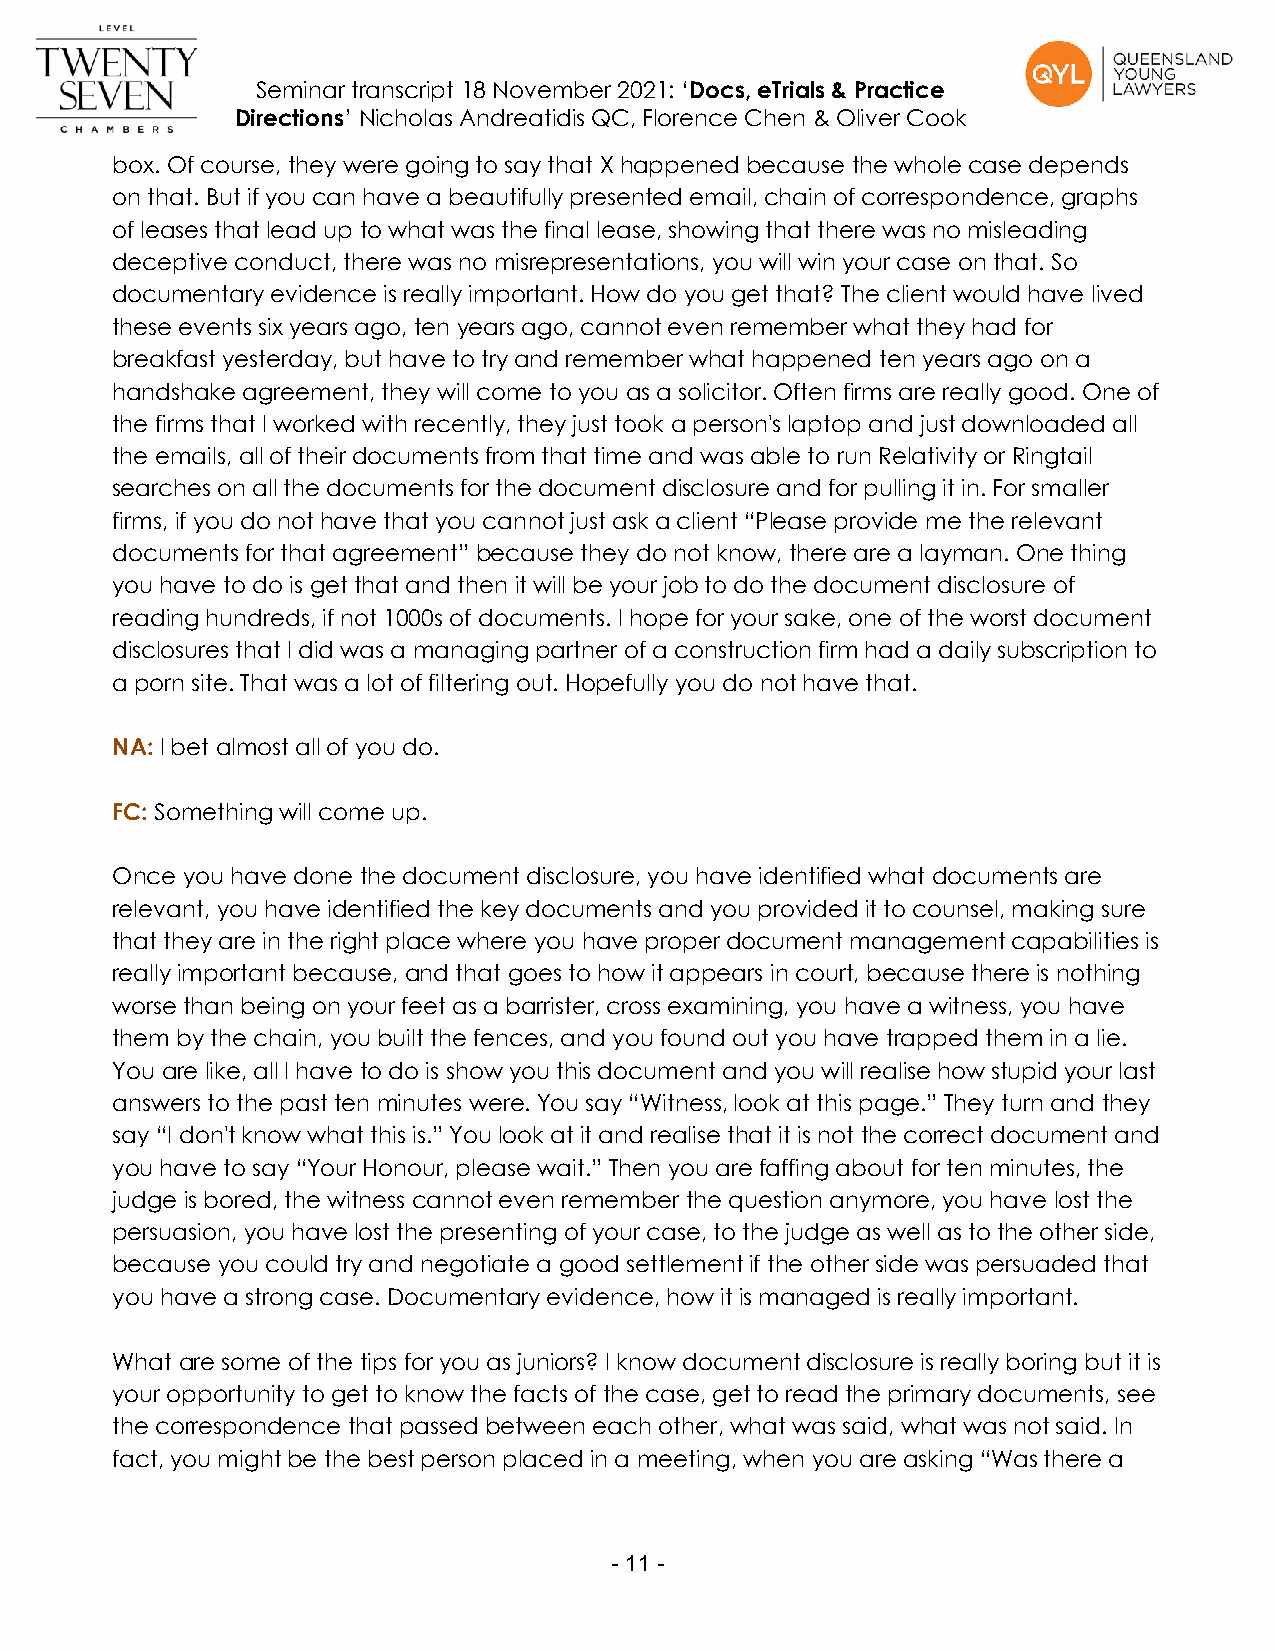
Seminar transcript 18 November 2021: ‘Docs, eTrials & Practice
 Directions’ Nicholas Andreatidis QC, Florence Chen & Oliver Cook
 box. Of course, they were going to say that X happened because the whole case depends
 on that. But if you can have a beautifully presented email, chain of correspondence, graphs
 of leases that lead up to what was the final lease, showing that there was no misleading
 deceptive conduct, there was no misrepresentations, you will win your case on that. So
 documentary evidence is really important. How do you get that? The client would have lived
 these events six years ago, ten years ago, cannot even remember what they had for
 breakfast yesterday, but have to try and remember what happened ten years ago on a
 handshake agreement, they will come to you as a solicitor. Often firms are really good. One of
 the firms that I worked with recently, they just took a person's laptop and just downloaded all
 the emails, all of their documents from that time and was able to run Relativity or Ringtail
 searches on all the documents for the document disclosure and for pulling it in. For smaller
 firms, if you do not have that you cannot just ask a client “Please provide me the relevant
 documents for that agreement” because they do not know, there are a layman. One thing
 you have to do is get that and then it will be your job to do the document disclosure of
 reading hundreds, if not 1000s of documents. I hope for your sake, one of the worst document
 disclosures that I did was a managing partner of a construction firm had a daily subscription to
 a porn site. That was a lot of filtering out. Hopefully you do not have that.
 NA: I bet almost all of you do.
 FC: Something will come up.
 Once you have done the document disclosure, you have identified what documents are
 relevant, you have identified the key documents and you provided it to counsel, making sure
 that they are in the right place where you have proper document management capabilities is
 really important because, and that goes to how it appears in court, because there is nothing
 worse than being on your feet as a barrister, cross examining, you have a witness, you have
 them by the chain, you built the fences, and you found out you have trapped them in a lie.
 You are like, all I have to do is show you this document and you will realise how stupid your last
 answers to the past ten minutes were. You say “Witness, look at this page.” They turn and they
 say “I don't know what this is.” You look at it and realise that it is not the correct document and
 you have to say “Your Honour, please wait.” Then you are faffing about for ten minutes, the
 judge is bored, the witness cannot even remember the question anymore, you have lost the
 persuasion, you have lost the presenting of your case, to the judge as well as to the other side,
 because you could try and negotiate a good settlement if the other side was persuaded that
 you have a strong case. Documentary evidence, how it is managed is really important.
 What are some of the tips for you as juniors? I know document disclosure is really boring but it is
 your opportunity to get to know the facts of the case, get to read the primary documents, see
 the correspondence that passed between each other, what was said, what was not said. In
 fact, you might be the best person placed in a meeting, when you are asking “Was there a
 - 1 1 -